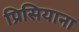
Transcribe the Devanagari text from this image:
प्रिसियाना